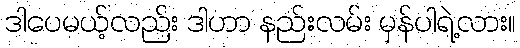
ဒါပေမယ့်လည်း ဒါဟာ နည်းလမ်း မှန်ပါရဲ့လား။